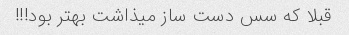
قبلا که سس دست ساز میذاشت بهتر بود!!!